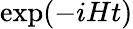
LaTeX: \exp(-iHt)